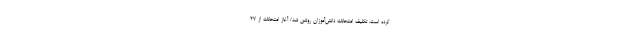
کرده است. تکلیف امتحانات دانش‌آموزان روشن شد/ آغاز امتحانات از 27